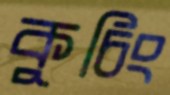
কুচিং